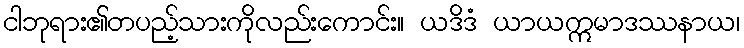
ငါဘုရား၏တပည့်သားကိုလည်းကောင်း။ ယဒိဒံ ယာယဣမာဒဿနာယ၊